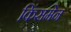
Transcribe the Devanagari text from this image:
किंसमेन